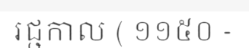
រជ្ជកាល ( ១១៥០ -